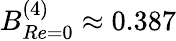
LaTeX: B_{Re=0}^{(4)}\approx 0.387